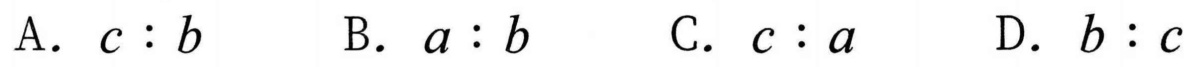
A. \(c:b\)  B. \(a:b\)  C. \(c:a\)  D. \(b:c\)